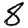
Digit: 8